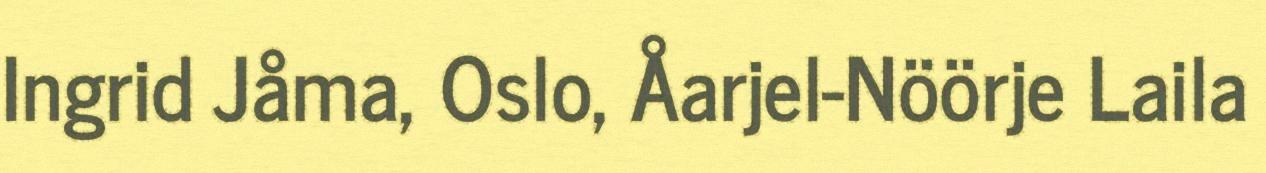
Ingrid Jåma, Oslo, Åarjel-Nöörje Laila